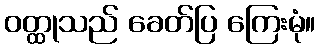
ဝတ္ထုသည် ခေတ်ပြ ကြေးမုံ။